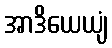
အာဒိယေယျံ